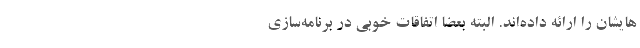
هایشان را ارائه داده‌اند. البته بعضاً اتفاقات خوبی در برنامه‌سازی